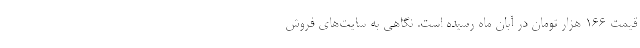
قیمت 166 هزار تومان در آبان ماه رسیده است. نگاهی به سایت‌های فروش